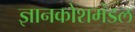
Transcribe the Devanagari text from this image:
ज्ञानकोशमंडल